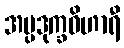
အပ္ပဒုက္ခဝိဟာရီ